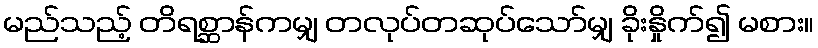
မည်သည့် တိရစ္ဆာန်ကမျှ တလုပ်တဆုပ်သော်မျှ ခိုးနှိုက်၍ မစား။